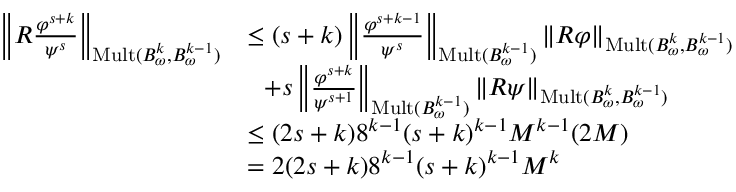
\begin{array} { r l } { \left\| R \frac { \varphi ^ { s + k } } { \psi ^ { s } } \right\| _ { \mathrm { M u l t } ( B _ { \omega } ^ { k } , B _ { \omega } ^ { k - 1 } ) } } & { \le ( s + k ) \left\| \frac { \varphi ^ { s + k - 1 } } { \psi ^ { s } } \right\| _ { \mathrm { M u l t } ( B _ { \omega } ^ { k - 1 } ) } \| R \varphi \| _ { \mathrm { M u l t } ( B _ { \omega } ^ { k } , B _ { \omega } ^ { k - 1 } ) } } \\ & { \ \ + s \left\| \frac { \varphi ^ { s + k } } { \psi ^ { s + 1 } } \right\| _ { \mathrm { M u l t } ( B _ { \omega } ^ { k - 1 } ) } \| R \psi \| _ { \mathrm { M u l t } ( B _ { \omega } ^ { k } , B _ { \omega } ^ { k - 1 } ) } } \\ & { \le ( 2 s + k ) 8 ^ { k - 1 } ( s + k ) ^ { k - 1 } M ^ { k - 1 } ( 2 M ) } \\ & { = 2 ( 2 s + k ) 8 ^ { k - 1 } ( s + k ) ^ { k - 1 } M ^ { k } } \end{array}